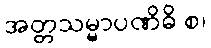
အတ္တသမ္မာပဏိဓိ စ၊